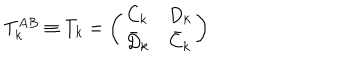
T _ { k } ^ { A B } \equiv T _ { k } = \left( \begin{array} { c c } { { C _ { k } } } & { { D _ { k } } } \\ { { \bar { D } _ { k } } } & { { \bar { C } _ { k } } } \\ \end{array} \right)